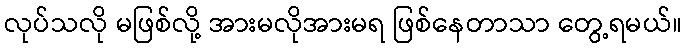
လုပ်သလို မဖြစ်လို့ အားမလိုအားမရ ဖြစ်နေတာသာ တွေ့ရမယ်။